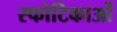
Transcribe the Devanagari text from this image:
स्फोटिकाओं